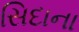
સિદાના